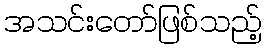
အသင်းတော်ဖြစ်သည့်